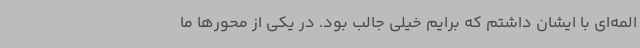
المه‌ای با ایشان داشتم که برایم خیلی جالب بود. در یکی از محورها ما